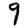
Digit: 9